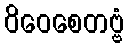
ဝိဝေစေတဗ္ဗံ